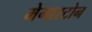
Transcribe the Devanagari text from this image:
मेगास्टोन